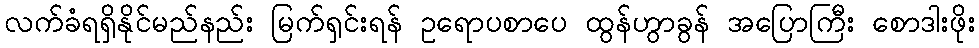
လက်ခံရရှိနိုင်မည်နည်း မြက်ရှင်းရန် ဥရောပစာပေ ထွန်ဟွာခွန် အပြောကြီး စောဒါးဖိုး